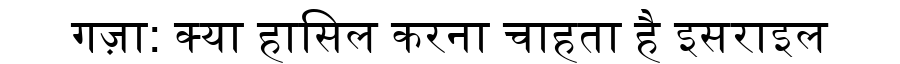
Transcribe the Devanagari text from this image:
गज़ा: क्या हासिल करना चाहता है इसराइल